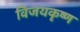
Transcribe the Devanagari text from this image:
विजयकृष्ण